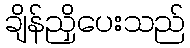
ချိန်ညှိပေးသည်